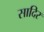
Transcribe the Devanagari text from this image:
सादिर